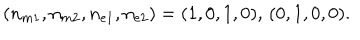
LaTeX: ( n _ { m 1 } , n _ { m 2 } , n _ { e 1 } , n _ { e 2 } ) = ( 1 , 0 , 1 , 0 ) , \, ( 0 , 1 , 0 , 0 ) .